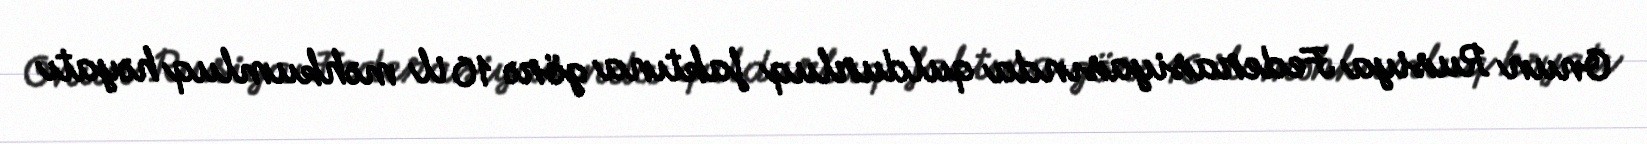
Onun Rusiya Federasiyasında quldurluq faktına görə 10 il məhkumluq həyatı